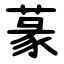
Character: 蒃